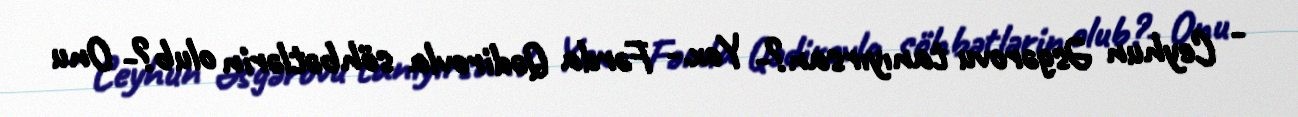
- Ceyhun Əsgərovu tanıyırsan?- Yox.- Fərda Qədirovla söhbətlərin olub?- Onu